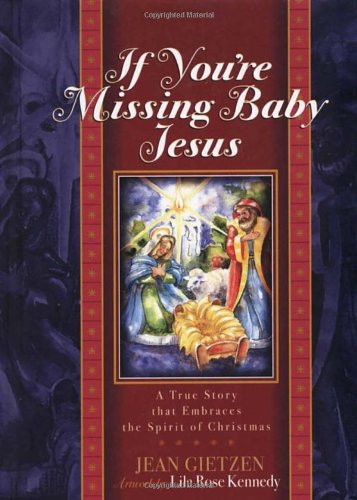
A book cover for If You're Missing Baby Jesus: A True Story that Embraces the Spirit of Christmas; Jean Gietzen; Children's Books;